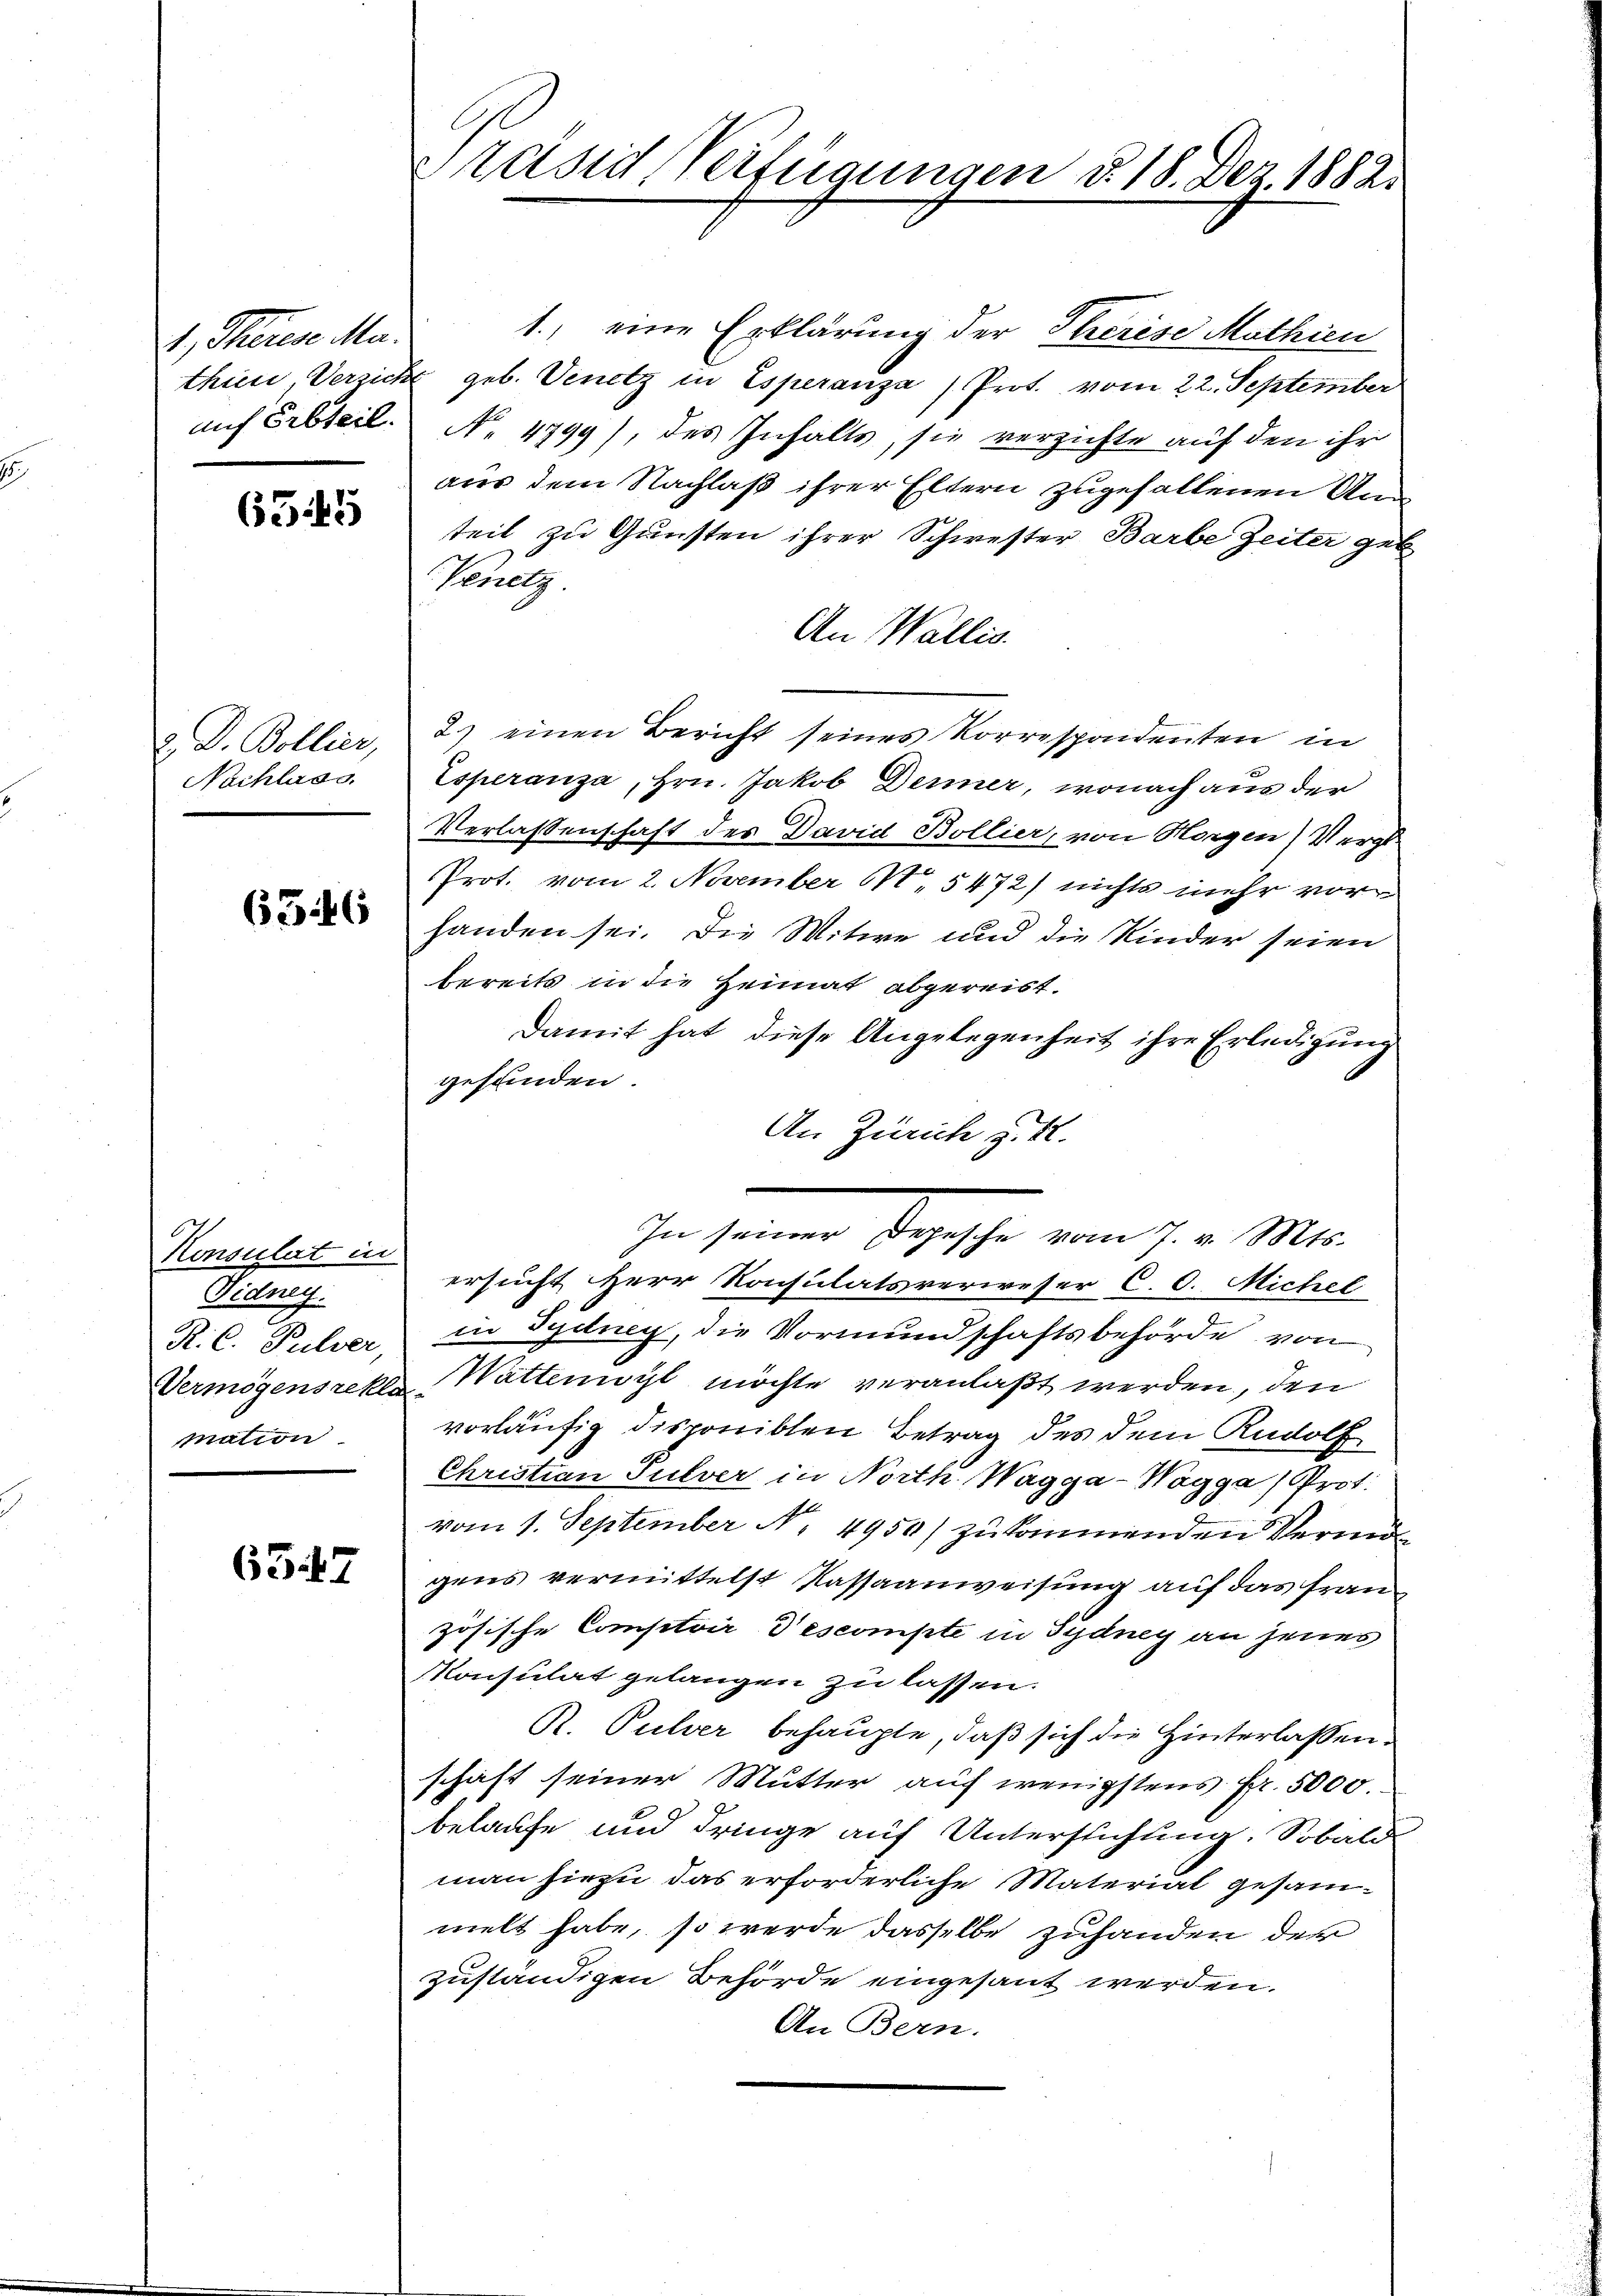
, Therese Ma
auf Erbteil.

6545

. D. Bollier,
Nachlass.

6546

Konsulat in
Tidney.
R. C. Pulver,
Vermögensrekl
mation

6547

Präsid Verfügungen §. 18. Dez. 1882.

1., eine Erklärung der Therese Mathien
thien, Verzicht geb. Venetz in Esperanza / Prot. vom 22. September
No. 4799), des Inhalts, sie verzichte auf den ihr
aus dem Nachlaß ihrer Eltern zugefallenen Ang
teil zu Gunsten ihrer Schwester Barbe Zeiter gel
Venetz.
An Wallis.
2.) einen Bericht seines Korrespondenten in
Esperanza, Hrn. Jakob Dermer, wonach aus der
Verlassenschaft des David Bollier, von Horgen) Verg
Prot. vom 2. November 15472) nichts mehr vorhanden sei. Die Witwe und die Kinder seien
bereits in die Heimat abgereist.
Damit hat diese Angelegenheit ihre Erledigung
gefunden.
An Zürich z. B.
Ien seiner Sache vom 7. Ma
ersucht Herr Konsulatsverweser C. C. Michel
in Sydney, die Vormundschaftsbehörde von
 Wattenort möchte veranlaßt werden, den
vorläufig disponiblen Betrag des dem Rudolf
Christian Pulver in North. Wagga-Wagga) Prot.
vom 1. September N. 4950) zu kommenden Vermögens vermittelst Kassaanweisung auf das französische Comptoir descompte in Sydney an jenes
Konsulat gelangen zu lassen.
R. Pulver behaupte, daß sich die Hinterlassenschaft seiner Mutter auf wenigstens Fr. 5000.
belaufe und dringe auf Unterstichung. Sobald
man hiezu das erforderliche Material gesammelt habe, so werde dasselbe zuhanden der
zuständigen Behörde eingesant werden.
An Bern.